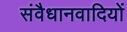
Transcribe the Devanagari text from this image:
संवैधानवादियों